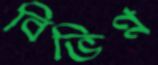
বিভিণ্ন